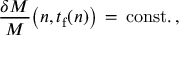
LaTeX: { \frac { \delta M } { M } } \bigl ( n , t _ { \mathrm { f } } ( n ) \bigr ) \, = \, \mathrm { c o n s t . } \, ,